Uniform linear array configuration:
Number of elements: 32
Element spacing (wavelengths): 0.5
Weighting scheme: hann
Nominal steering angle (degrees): -15
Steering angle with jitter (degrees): -13.571
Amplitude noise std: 0.05
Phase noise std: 0.05

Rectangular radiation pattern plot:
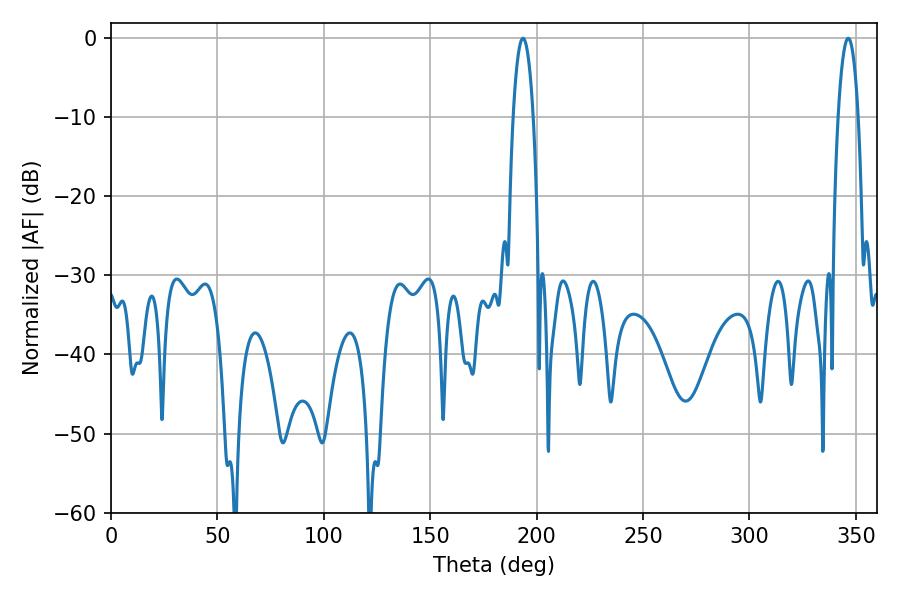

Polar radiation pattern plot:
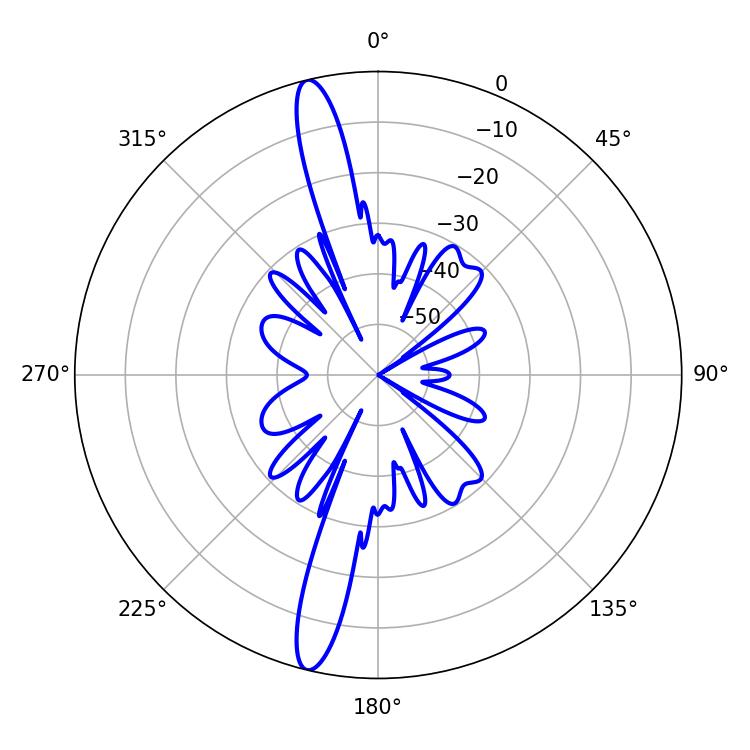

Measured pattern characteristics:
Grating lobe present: FALSE
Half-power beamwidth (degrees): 5.22
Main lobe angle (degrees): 346.32